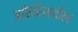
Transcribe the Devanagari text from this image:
असिरियातील